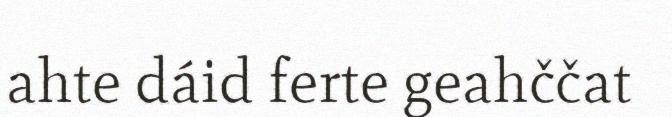
ahte dáid ferte geahččat